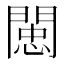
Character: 𨵖